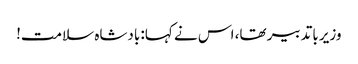
وزیر باتدبیر تھا، اس نے کہا: بادشاہ سلامت!